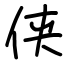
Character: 侠